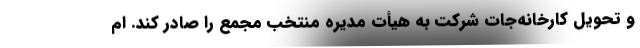
و تحویل کارخانه‌جات شرکت به هیأت مدیره منتخب مجمع را صادر کند. ام